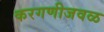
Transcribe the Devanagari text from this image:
करगणीजवळ